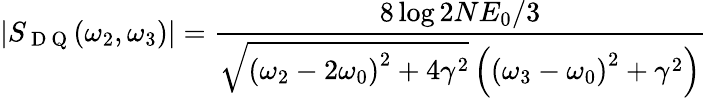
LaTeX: \left|S_{\mathrm{~D~Q~}}(\omega_{2},\omega_{3})\right|=\frac{8\log 2NE_{0}/3}{\sqrt{\left(\omega_{2}-2\omega_{0}\right)^{2}+4\gamma^{2}}\left(\left(\omega_{3}-\omega_{0}\right)^{2}+\gamma^{2}\right)}